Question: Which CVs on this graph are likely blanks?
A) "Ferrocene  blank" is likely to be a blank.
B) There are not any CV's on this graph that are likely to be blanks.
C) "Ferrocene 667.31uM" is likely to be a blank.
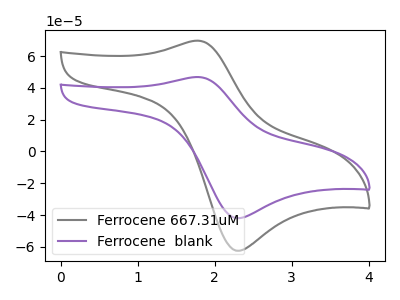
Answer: <think>The gray curve "Ferrocene 667.31uM" has an anodic peak at (1.75V, 69.65uA) and a cathodic peak at (2.35V, -62.45uA). The purple curve "Ferrocene  blank" has an anodic peak at (1.75V, 46.80uA) and a cathodic peak at (2.35V, -41.95uA).</think>
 <answer>B) There are not any CV's on this graph that are likely to be blanks.</answer>
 <eval>B</eval>